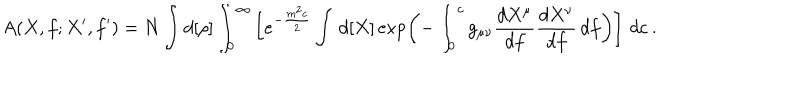
A ( X , f ; X ^ { \prime } , f ^ { \prime } ) = N \int d [ \rho ] \int _ { 0 } ^ { \infty } \left[ e ^ { - \frac { m ^ { 2 } c } { 2 } } \int \, d [ X ] \exp \left( - \int _ { 0 } ^ { c } g _ { \mu \nu } \frac { d X ^ { \mu } } { d f } \frac { d X ^ { \nu } } { d f } \, d f \right) \right] \, d c \: . \nonumber